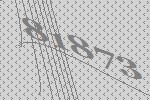
81873